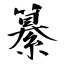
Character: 纂